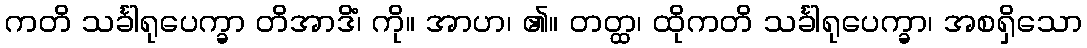
ကတိ သင်္ခါရုပေက္ခာ တိအာဒိံ၊ ကို။ အာဟ၊ ၏။ တတ္ထ၊ ထိုကတိ သင်္ခါရုပေက္ခာ၊ အစရှိသော